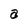
Character: a